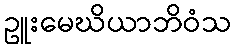
ဥူးမေဃိယာဘိဝံသ